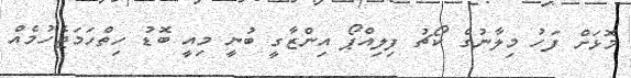
މޮޅަށް ފަހު މިލާނުގެ ކޯޗު ފިލިއްޕޯ އިންޒާގީ ބުނީ މިއީ ބޮޑު ހިތްހަމަޖެހުމެއް